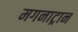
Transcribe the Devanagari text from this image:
मगनाट्रान